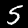
Label: 5